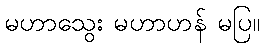
မဟာသွေး မဟာဟန် မပြ။